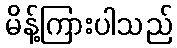
မိန့်ကြားပါသည်